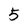
Character: 5